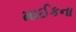
માઈકના